Report on the lunatic asylums under the Government of Bombay - 1904-1913
Year: 1904
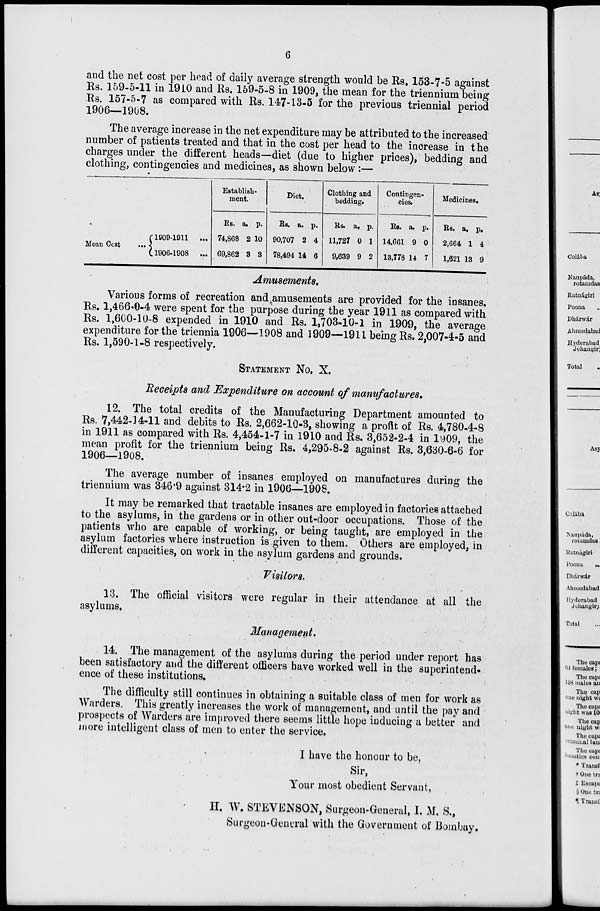
6
and the net cost per head of daily average strength would be Rs. 153-7-5 against
Rs. 159-5-11 in 1910 and Rs. 159-5-8 in 1909, the mean for the triennium being
Rs. 157-5-7 as compared with Rs. 147-13-5 for the previous triennial period
1906—1908.
The average increase in the net expenditure may be attributed to the increased
number of patients treated and that in the cost per head to the increase in the
charges under the different heads—diet (due to higher prices), bedding and
clothing, contingencies and medicines, as shown below:—
Mean Cost ...
1909-1911 ...
1906-1908 ...
Establish-
ment.
Rs.
74,868
69,862
a.
2
3
p.
10
3
Diet.
Rs.
90,707
78,494
a.
2
14
p.
4
6
Clothing and
bedding.
Rs.
11,727
9,639
a.
0
9
p.
1
2
Contingen-
cies.
Rs.
14,661
13,778
a.
9
14
p.
0
7
Medicines.
Rs.
2,664
1,621
a.
1
13
p.
4
9
Amusements.
Various forms of recreation and amusements are provided for the insanes.
Rs. 1,466-0-4 were spent for the purpose during the year 1911 as compared with
Rs. 1,600-10-8 expended in 1910 and Rs. 1,703-10-1 in 1909, the average
expenditure for the triennia 1906—1908 and 1909—1911 being Rs. 2,007-4-5 and
Rs. 1,590-1-8 respectively.
STATEMENT No. X.
Receipts and Expenditure on account of manufactures.
12. The total credits of the Manufacturing Department amounted to
Rs. 7,442-14-11 and debits to Rs. 2,662-10-3, showing a profit of Rs. 4,780-4-8
in 1911 as compared with Rs. 4,454-1-7 in 1910 and Rs. 3,652-2-4 in 1909, the
mean profit for the triennium being Rs. 4,295-8-2 against Rs. 3,630-6-6 for
1906—1908.
The average number of insanes employed on manufactures during the
triennium was 346.9 against 314.2 in 1906—1908.
It may be remarked that tractable insanes are employed in factories attached
to the asylums, in the gardens or in other out-door occupations. Those of the
patients who are capable of working, or being taught, are employed in the
asylum factories where instruction is given to them. Others are employed, in
different capacities, on work in the asylum gardens and grounds.
Visitors.
13. The official visitors were regular in their attendance at all the
asylums.
Management.
14. The management of the asylums during the period under report has
been satisfactory and the different officers have worked well in the superintend-
ence of these institutions.
The difficulty still continues in obtaining a suitable class of men for work as
Warders. This greatly increases the work of management, and until the pay and
prospects of Warders are improved there seems little hope inducing a better and
more intelligent class of men to enter the service.
I have the honour to be,
Sir,
Your most obedient Servant,
H. W. STEVENSON, Surgeon-General, I. M. S.,
Surgeon-General with the Government of Bombay.